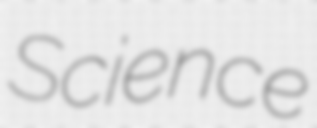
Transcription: Science